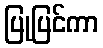
ပြုပြင်ကာ